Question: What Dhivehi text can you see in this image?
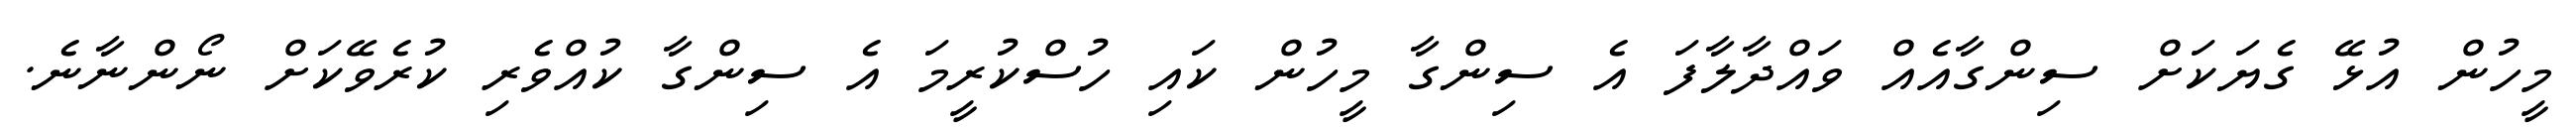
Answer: މީހުން އުޅޭ ގެޔަކަށް ސިންގާއެއް ވައްދާލާފަ އެ ސިންގާ މީހުން ކައި ހުސްކުރީމަ އެ ސިންގާ ކުއްވެރި ކުރެވޭކަށް ނޯންނާނެ.